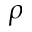
\rho